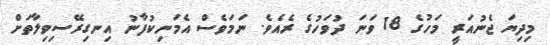
މިދިޔަ ޖެނުއަރީ މަހުގެ 18 ވަނަ ދުވަހުގެ ރެއެވެ. ނަމަވެސް އެމަނިކުފާނު އިނގިރޭސިވިލާތަށް